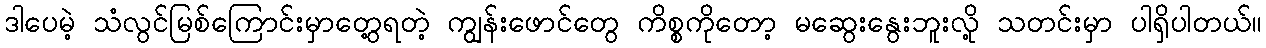
ဒါပေမဲ့ သံလွင်မြစ်ကြောင်းမှာတွေ့ရတဲ့ ကျွန်းဖောင်တွေ ကိစ္စကိုတော့ မဆွေးနွေးဘူးလို့ သတင်းမှာ ပါရှိပါတယ်။